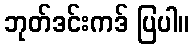
ဘုတ်ဒင်းကဒ် ပြပါ။